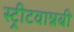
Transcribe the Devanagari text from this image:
स्ट्रीटवान्नबी